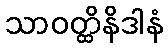
သာဝတ္ထိနိဒါနံ